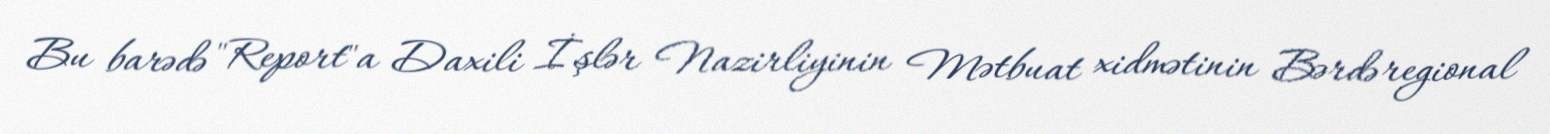
Bu barədə "Report"a Daxili İşlər Nazirliyinin Mətbuat xidmətinin Bərdə regional